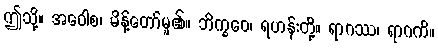
ဤသို့။ အဝေါစ၊ မိန့်တော်မူ၏။ ဘိက္ခဝေ၊ ရဟန်းတို့။ ရာဂဿ၊ ရာဂကိ။